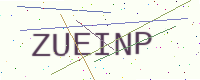
Text: ZUEINP